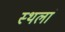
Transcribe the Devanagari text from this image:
स्थलां